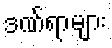
ဒဏ်ရာများ